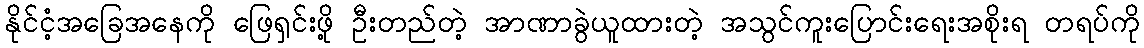
နိုင်ငံ့အခြေအနေကို ဖြေရှင်းဖို့ ဦးတည်တဲ့ အာဏာခွဲယူထားတဲ့ အသွင်ကူးပြောင်းရေးအစိုးရ တရပ်ကို